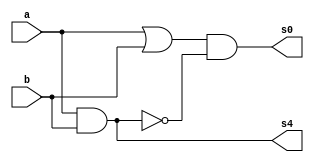
// Guia 03
// Nome: Raphaela Fernanda Silva

module operadorMS ( s0, s4, a, b);

output s0, s4;
input a, b;
wire s2, s3, s4;

or OR1(s2, a, b);
and AND1(s4, a, b);
not NOT1(s3,s4);
and AND2(s0,s2,s3);

endmodule

module testMS;
reg a, b;
wire s0, s1;

operadorMS MS (s0, s1, a, b);

initial begin : start
		a=0; b=0;
end

initial begin : main

#1 $display ( " Modelo Tradicional " );
#1 $display ( "a + b = s0 s1" );
	$monitor ( "%b + %b = %b  %b ",a,b,s0,s1);
	
		#1	a=0;	b=1;
 		#1	a=1;	b=0;
		#1	a=1;	b=1;
		
end

endmodule

//  Modelo Tradicional 
//  a + b = s0 s1
//  0 + 0 = 0  0 
//  0 + 1 = 1  0 
//  1 + 0 = 1  0 
//  1 + 1 = 0  1